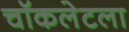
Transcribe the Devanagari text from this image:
चॉकलेटला